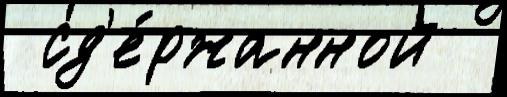
 сд'е́ржанной